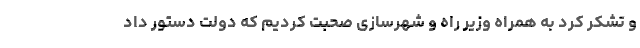
و تشکر کرد به همراه وزیر راه و شهرسازی صحبت کردیم که دولت دستور داد